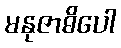
မနုဇာဓိပေါ